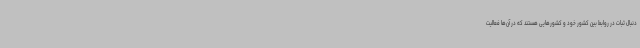
دنبال ثبات در روابط بین کشور خود و کشورهایی هستند که در آن‌ها فعالیت